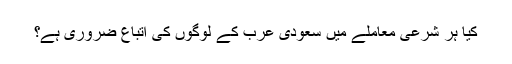
کیا ہر شرعی معاملے میں سعودی عرب کے لوگوں کی اتباع ضروری ہے؟